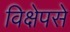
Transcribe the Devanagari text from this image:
विक्षेपसे